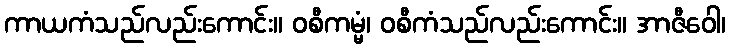
ကာယကံသည်လည်းကောင်း။ ဝစီကမ္မံ၊ ဝစီကံသည်လည်းကောင်း။ အာဇီဝေါ၊